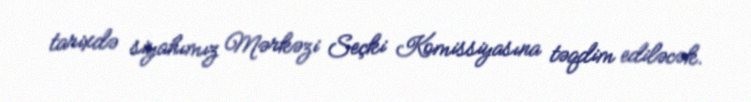
tarixdə siyahımız Mərkəzi Seçki Komissiyasına təqdim ediləcək.